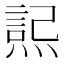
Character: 𭵮